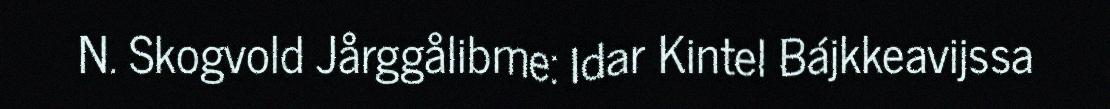
N. Skogvold Jårggålibme: Idar Kintel Bájkkeavijssa